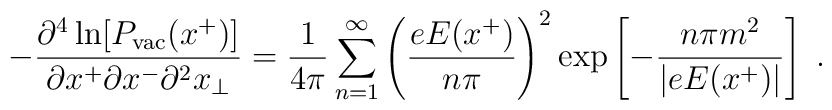
- {\partial^4 \ln[P_{\rm vac}(x^+)] \over \partial x^+ \partial x^- \partial^2x_{\bot}} = {1 \over 4 \pi} \sum_{n =1}^{\infty} \left({e E(x^+) \over n \pi}\right)^2 \exp\left[- {n \pi m^2 \over \vert e E(x^+)\vert} \right] \; .